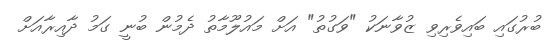
ބުރުގައި ބައިވެރިވި ޒުވާނަކު "ވަގުތު" އަށް މައުލޫމާތު ދެމުން ބުނީ ގަމު ދާއިރާއަށް